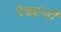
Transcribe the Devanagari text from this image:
पेढ्यांची